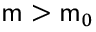
\mathsf { m } > \mathsf { m } _ { 0 }